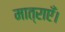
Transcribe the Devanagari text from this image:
मात्राएँ।